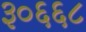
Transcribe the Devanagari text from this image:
३०६६८